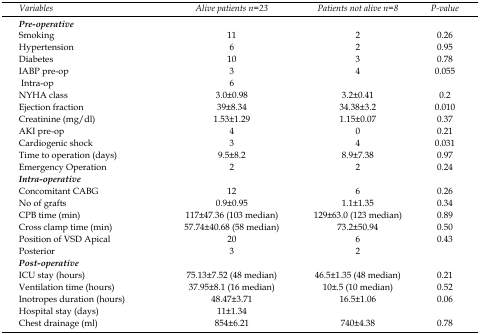
<table><thead><tr><td><b>Variables</b></td><td><b>Alive patients n=23</b></td><td><b>Patients not alive n=8</b></td><td><b>P-value</b></td></tr></thead><tbody><tr><td><i>Pre-operative</i></td><td></td><td></td><td></td></tr><tr><td>Smoking</td><td>11</td><td>2</td><td>0.26</td></tr><tr><td>Hypertension</td><td>6</td><td>2</td><td>0.95</td></tr><tr><td>Diabetes</td><td>10</td><td>3</td><td>0.78</td></tr><tr><td>IABP pre-op</td><td>3</td><td>4</td><td>0.055</td></tr><tr><td> Intra-op</td><td>6</td><td></td></tr><tr><td>NYHA class</td><td>3.0±0.98</td><td>3.2±0.41</td><td>0.2</td></tr><tr><td>Ejection fraction</td><td>39±8.34</td><td>34.38±3.2</td><td>0.010</td></tr><tr><td>Creatinine (mg/dl)</td><td>1.53±1.29</td><td>1.15±0.07</td><td>0.37</td></tr><tr><td>AKI pre-op</td><td>4</td><td>0</td><td>0.21</td></tr><tr><td>Cardiogenic shock</td><td>3</td><td>4</td><td>0.031</td></tr><tr><td>Time to operation (days)</td><td>9.5±8.2</td><td>8.9±7.38</td><td>0.97</td></tr><tr><td>Emergency Operation</td><td>2</td><td>2</td><td>0.24</td></tr><tr><td><i>Intra-operative</i></td><td></td><td></td><td></td></tr><tr><td>Concomitant CABG</td><td>12</td><td>6</td><td>0.26</td></tr><tr><td>No of grafts</td><td>0.9±0.95</td><td>1.1±1.35</td><td>0.34</td></tr><tr><td>CPB time (min)</td><td>117±47.36 (103 median)</td><td>129±63.0 (123 median)</td><td>0.89</td></tr><tr><td>Cross clamp time (min)</td><td>57.74±40.68 (58 median)</td><td>73.2±50.94</td><td>0.50</td></tr><tr><td>Position of VSD Apical</td><td>20</td><td>6</td><td>0.43</td></tr><tr><td>Posterior</td><td>3</td><td>2</td><td></td></tr><tr><td><i>Post-operative</i></td><td></td><td></td><td></td></tr><tr><td>ICU stay (hours)</td><td>75.13±7.52 (48 median)</td><td>46.5±1.35 (48 median)</td><td>0.21</td></tr><tr><td>Ventilation time (hours)</td><td>37.95±8.1 (16 median)</td><td>10±.5 (10 median)</td><td>0.52</td></tr><tr><td>Inotropes duration (hours)</td><td>48.47±3.71</td><td>16.5±1.06</td><td>0.06</td></tr><tr><td>Hospital stay (days)</td><td>11±1.34</td><td></td><td></td></tr><tr><td>Chest drainage (ml)</td><td>854±6.21</td><td>740±4.38</td><td>0.78</td></tr></tbody></table>